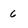
Character: 6